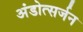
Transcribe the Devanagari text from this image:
अंडोत्सर्जन